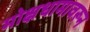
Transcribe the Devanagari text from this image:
मोक्षधामावरून